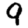
Digit: 9